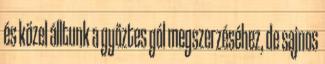
és közel álltunk a győztes gól megszerzéséhez, de sajnos